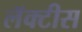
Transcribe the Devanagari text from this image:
लॅक्‍टीस